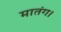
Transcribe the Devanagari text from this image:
मातंग।